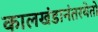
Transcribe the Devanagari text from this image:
कालखंडानंतरयेतो